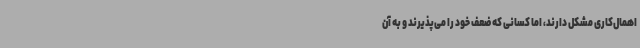
اهمال‌کاری مشکل دارند، اما کسانی که ضعف خود را می‌پذیرند و به آن